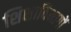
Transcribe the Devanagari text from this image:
शिक्षाविभागों